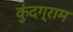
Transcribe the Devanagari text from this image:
कुंदग्राम